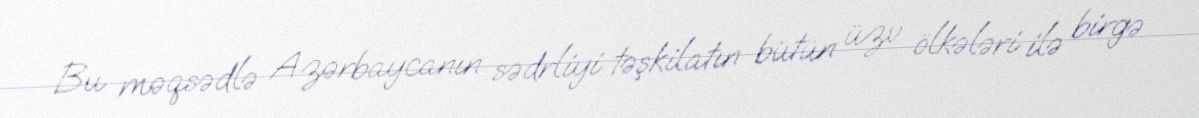
Bu məqsədlə Azərbaycanın sədrliyi təşkilatın bütün üzv ölkələri ilə birgə